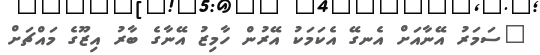
"ސަމަރު އޭނާއަށް އެނގޭ އެކަމަކު އޭރުން ހާމިޒު އޭނާގެ ބާރު އިޒޫގެ މައްޗަށް